Scientific memoirs by medical officers of the Army of India - Part XII,
Year: 1901
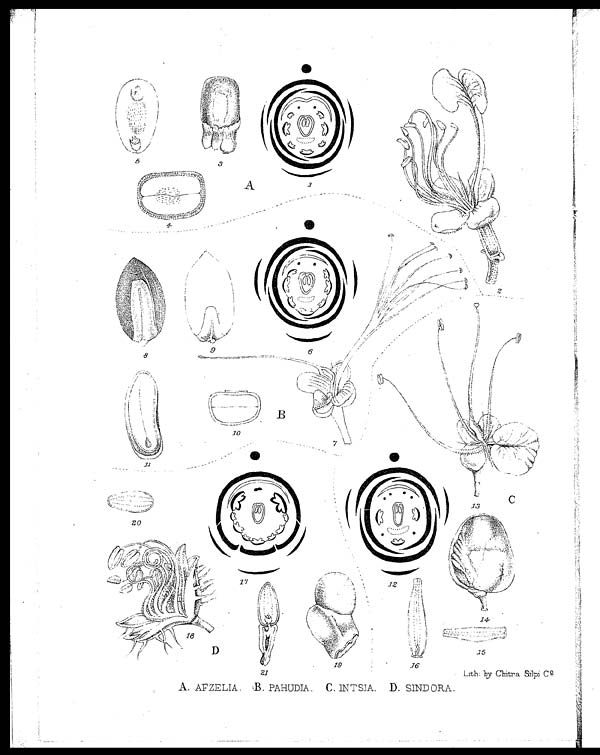
A. AFZELIA. B. PAHUDIA. C. INTSIA. D. SINDORA.